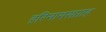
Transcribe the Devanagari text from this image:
हरिनामसप्ताह